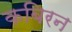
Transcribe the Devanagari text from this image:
कबिरन